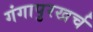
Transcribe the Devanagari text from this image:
गंगापुरखर्च